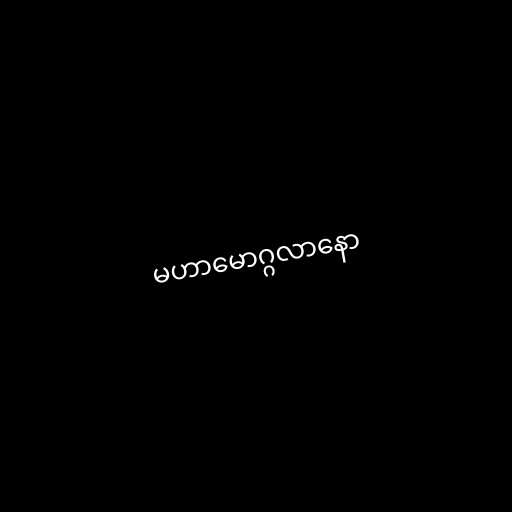
မဟာမောဂ္ဂလာနော